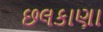
છલકાણા